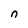
Character: n